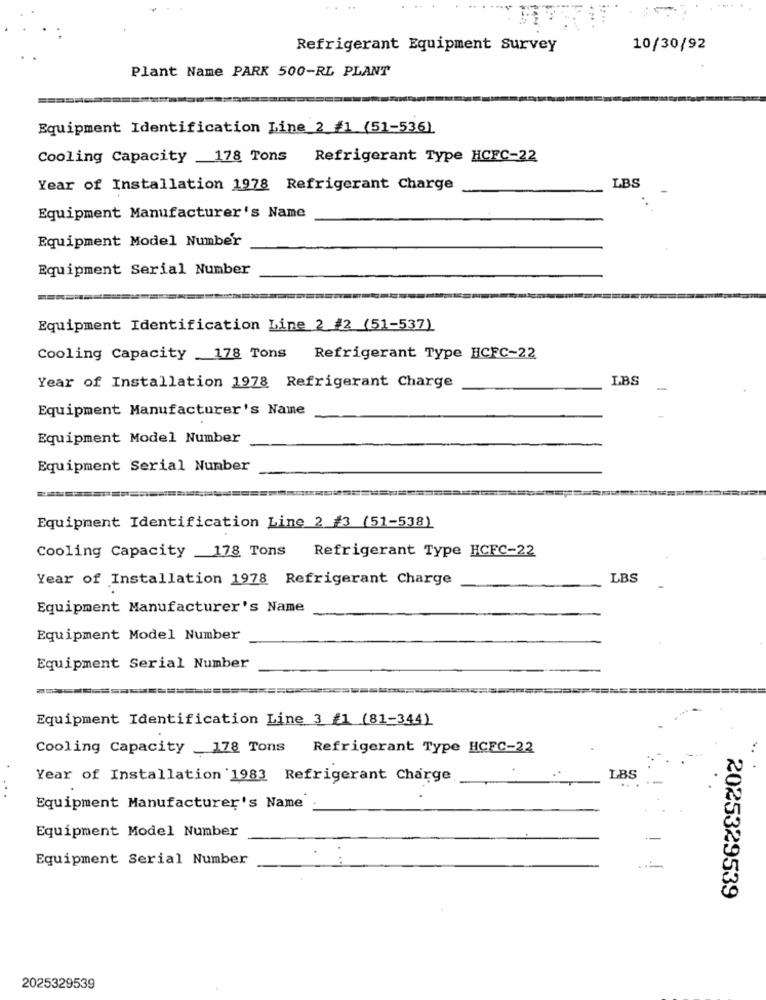
Refrigerant Equipment Survey
10/30/92
Plant Name PARK 500-RL PLANT
Equipment Identification Line_2_#1 (51-536)
Cooling Capacity 178 Tons
Refrigerant Type HCFC-22
Year of Installation 1978 Refrigerant Charge
LBS
Equipment Manufacturer's Name
Equipment Model Number
Equipment Serial Number
Equipment Identification Line 2 #2 (51-537)
Cooling Capacity 178 Tons
Refrigerant Type HCFC-22
Year of Installation 1978 Refrigerant Charge
LBS
-
Equipment Manufacturer's Name
Equipment Model Number
Equipment Serial Number
=======
Equipment Identification Line 2 #3 (51-538)
Cooling Capacity 178 Tons
Refrigerant Type HCFC-22
Year of Installation 1978 Refrigerant Charge
LBS
Equipment Manufacturer's Name
Equipment Model Number
Equipment Serial Number
Equipment Identification Line 3 1 (81-344)
Cooling Capacity 178 Tons Refrigerant Type HCFC-22
Year of Installation 1983 Refrigerant Charge
LBS
..
Equipment Manufacturer's Name
Equipment Model Number
Equipment Serial Number
2025329539
2025329539